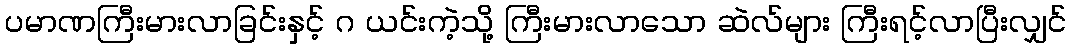
ပမာဏကြီးမားလာခြင်းနှင့် ဂ ယင်းကဲ့သို့ ကြီးမားလာသော ဆဲလ်များ ကြီးရင့်လာပြီးလျှင်